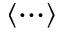
\langle \cdots \rangle